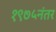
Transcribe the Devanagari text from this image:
१९७५नंतर